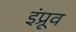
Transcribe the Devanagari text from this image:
इंप्रूव